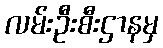
လမ်းဦးစီးဌာနမှ